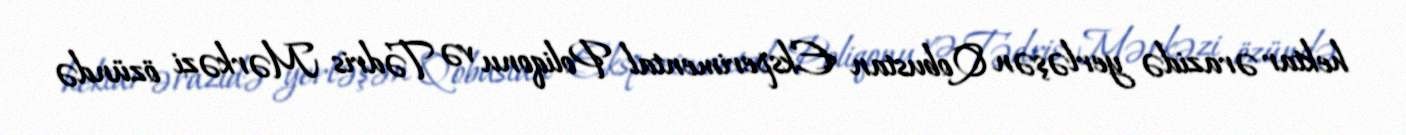
hektar ərazidə yerləşən Qobustan Eksperimental Poliqonu və Tədris Mərkəzi özündə